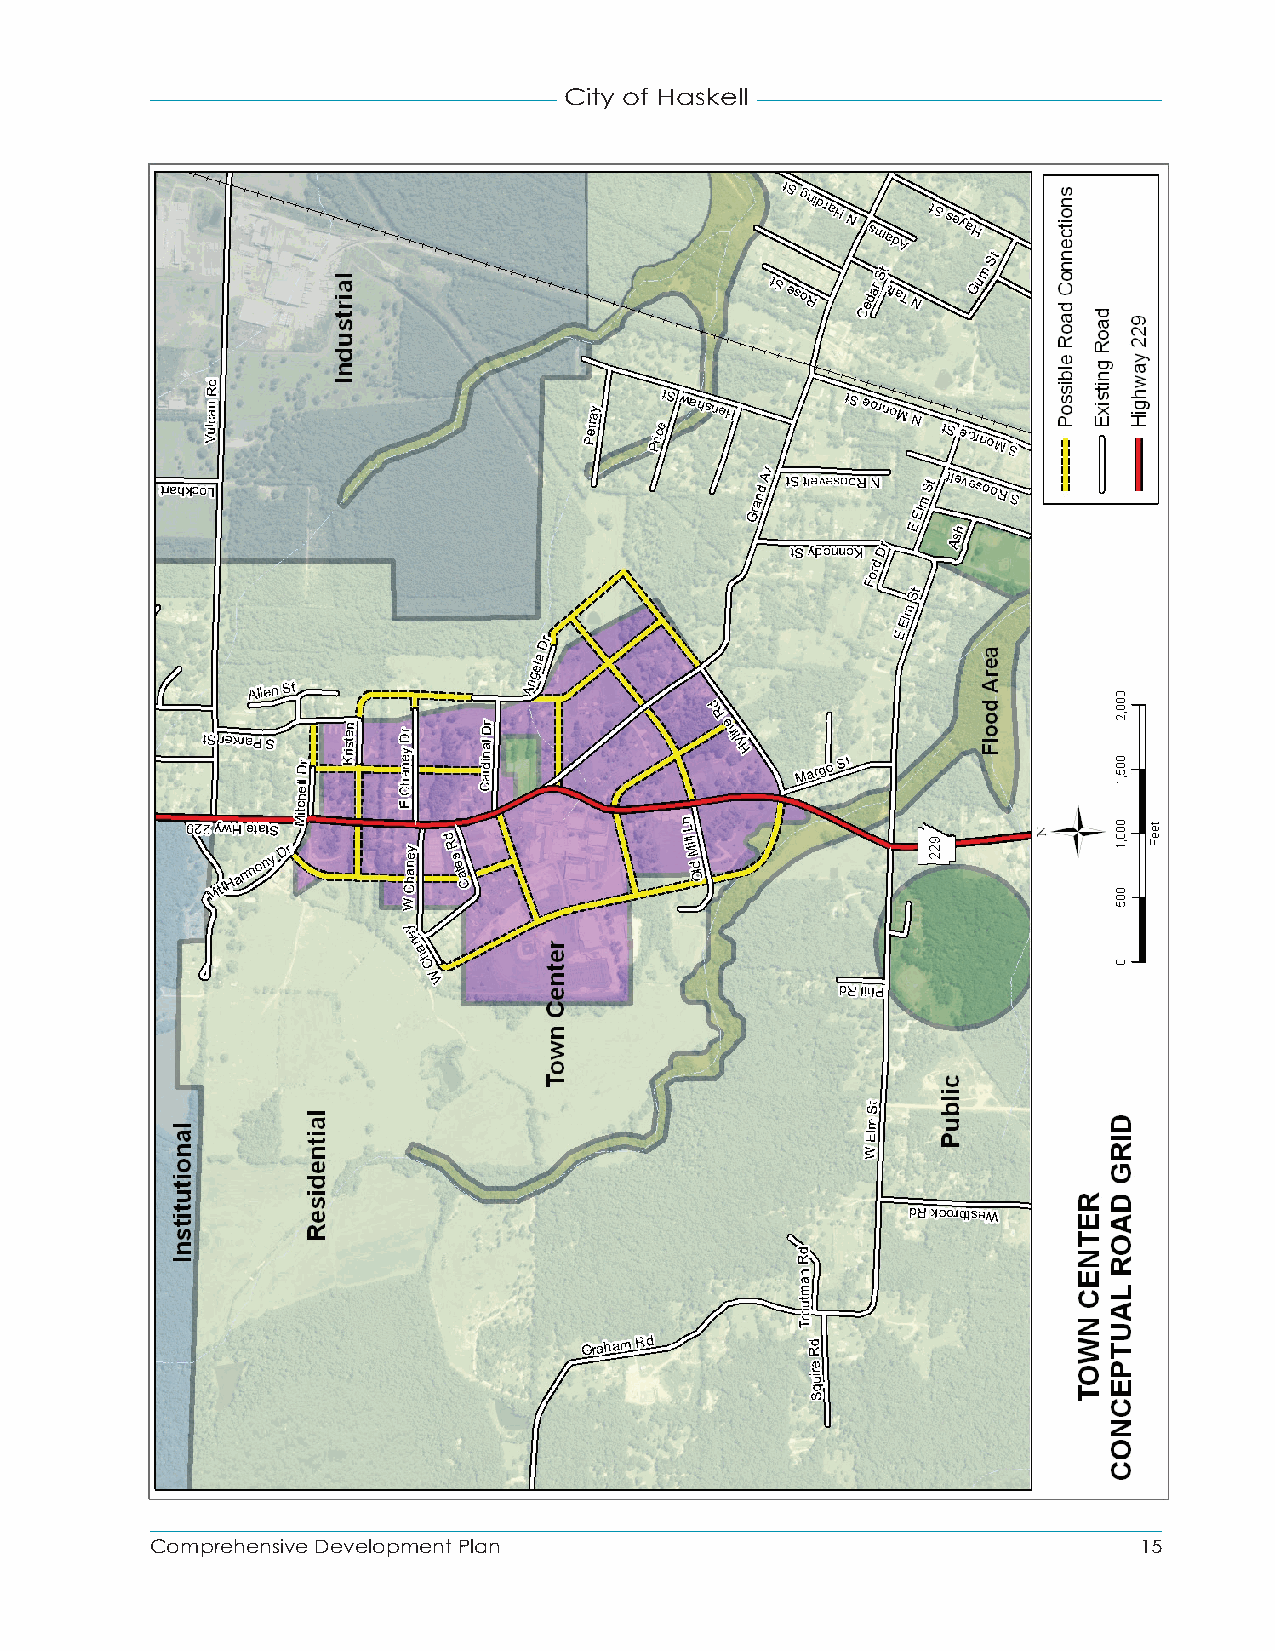
City of Haskell
 Comprehensive Development Plan                                   15